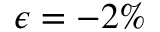
\epsilon = - 2 \%